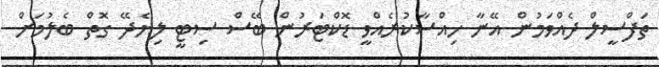
ތަފްސީލް ދެއްވަމުން އޭނާ ހިއްސާކުރެއްވީ ޑޮކްޓަރުން ބޭސް ސިޓީ ލިޔެދޭ ގޮތް ބެލުމަށް